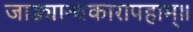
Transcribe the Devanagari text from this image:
जाड्यान्धकारापहाम्‌॥